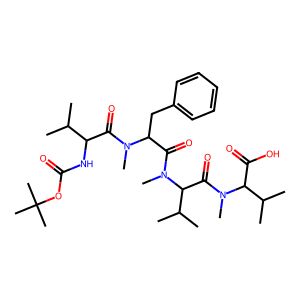
SMILES: CC(C)C(NC(=O)OC(C)(C)C)C(=O)N(C)C(Cc1ccccc1)C(=O)N(C)C(C(=O)N(C)C(C(=O)O)C(C)C)C(C)C
Inhibits HIV replication: No